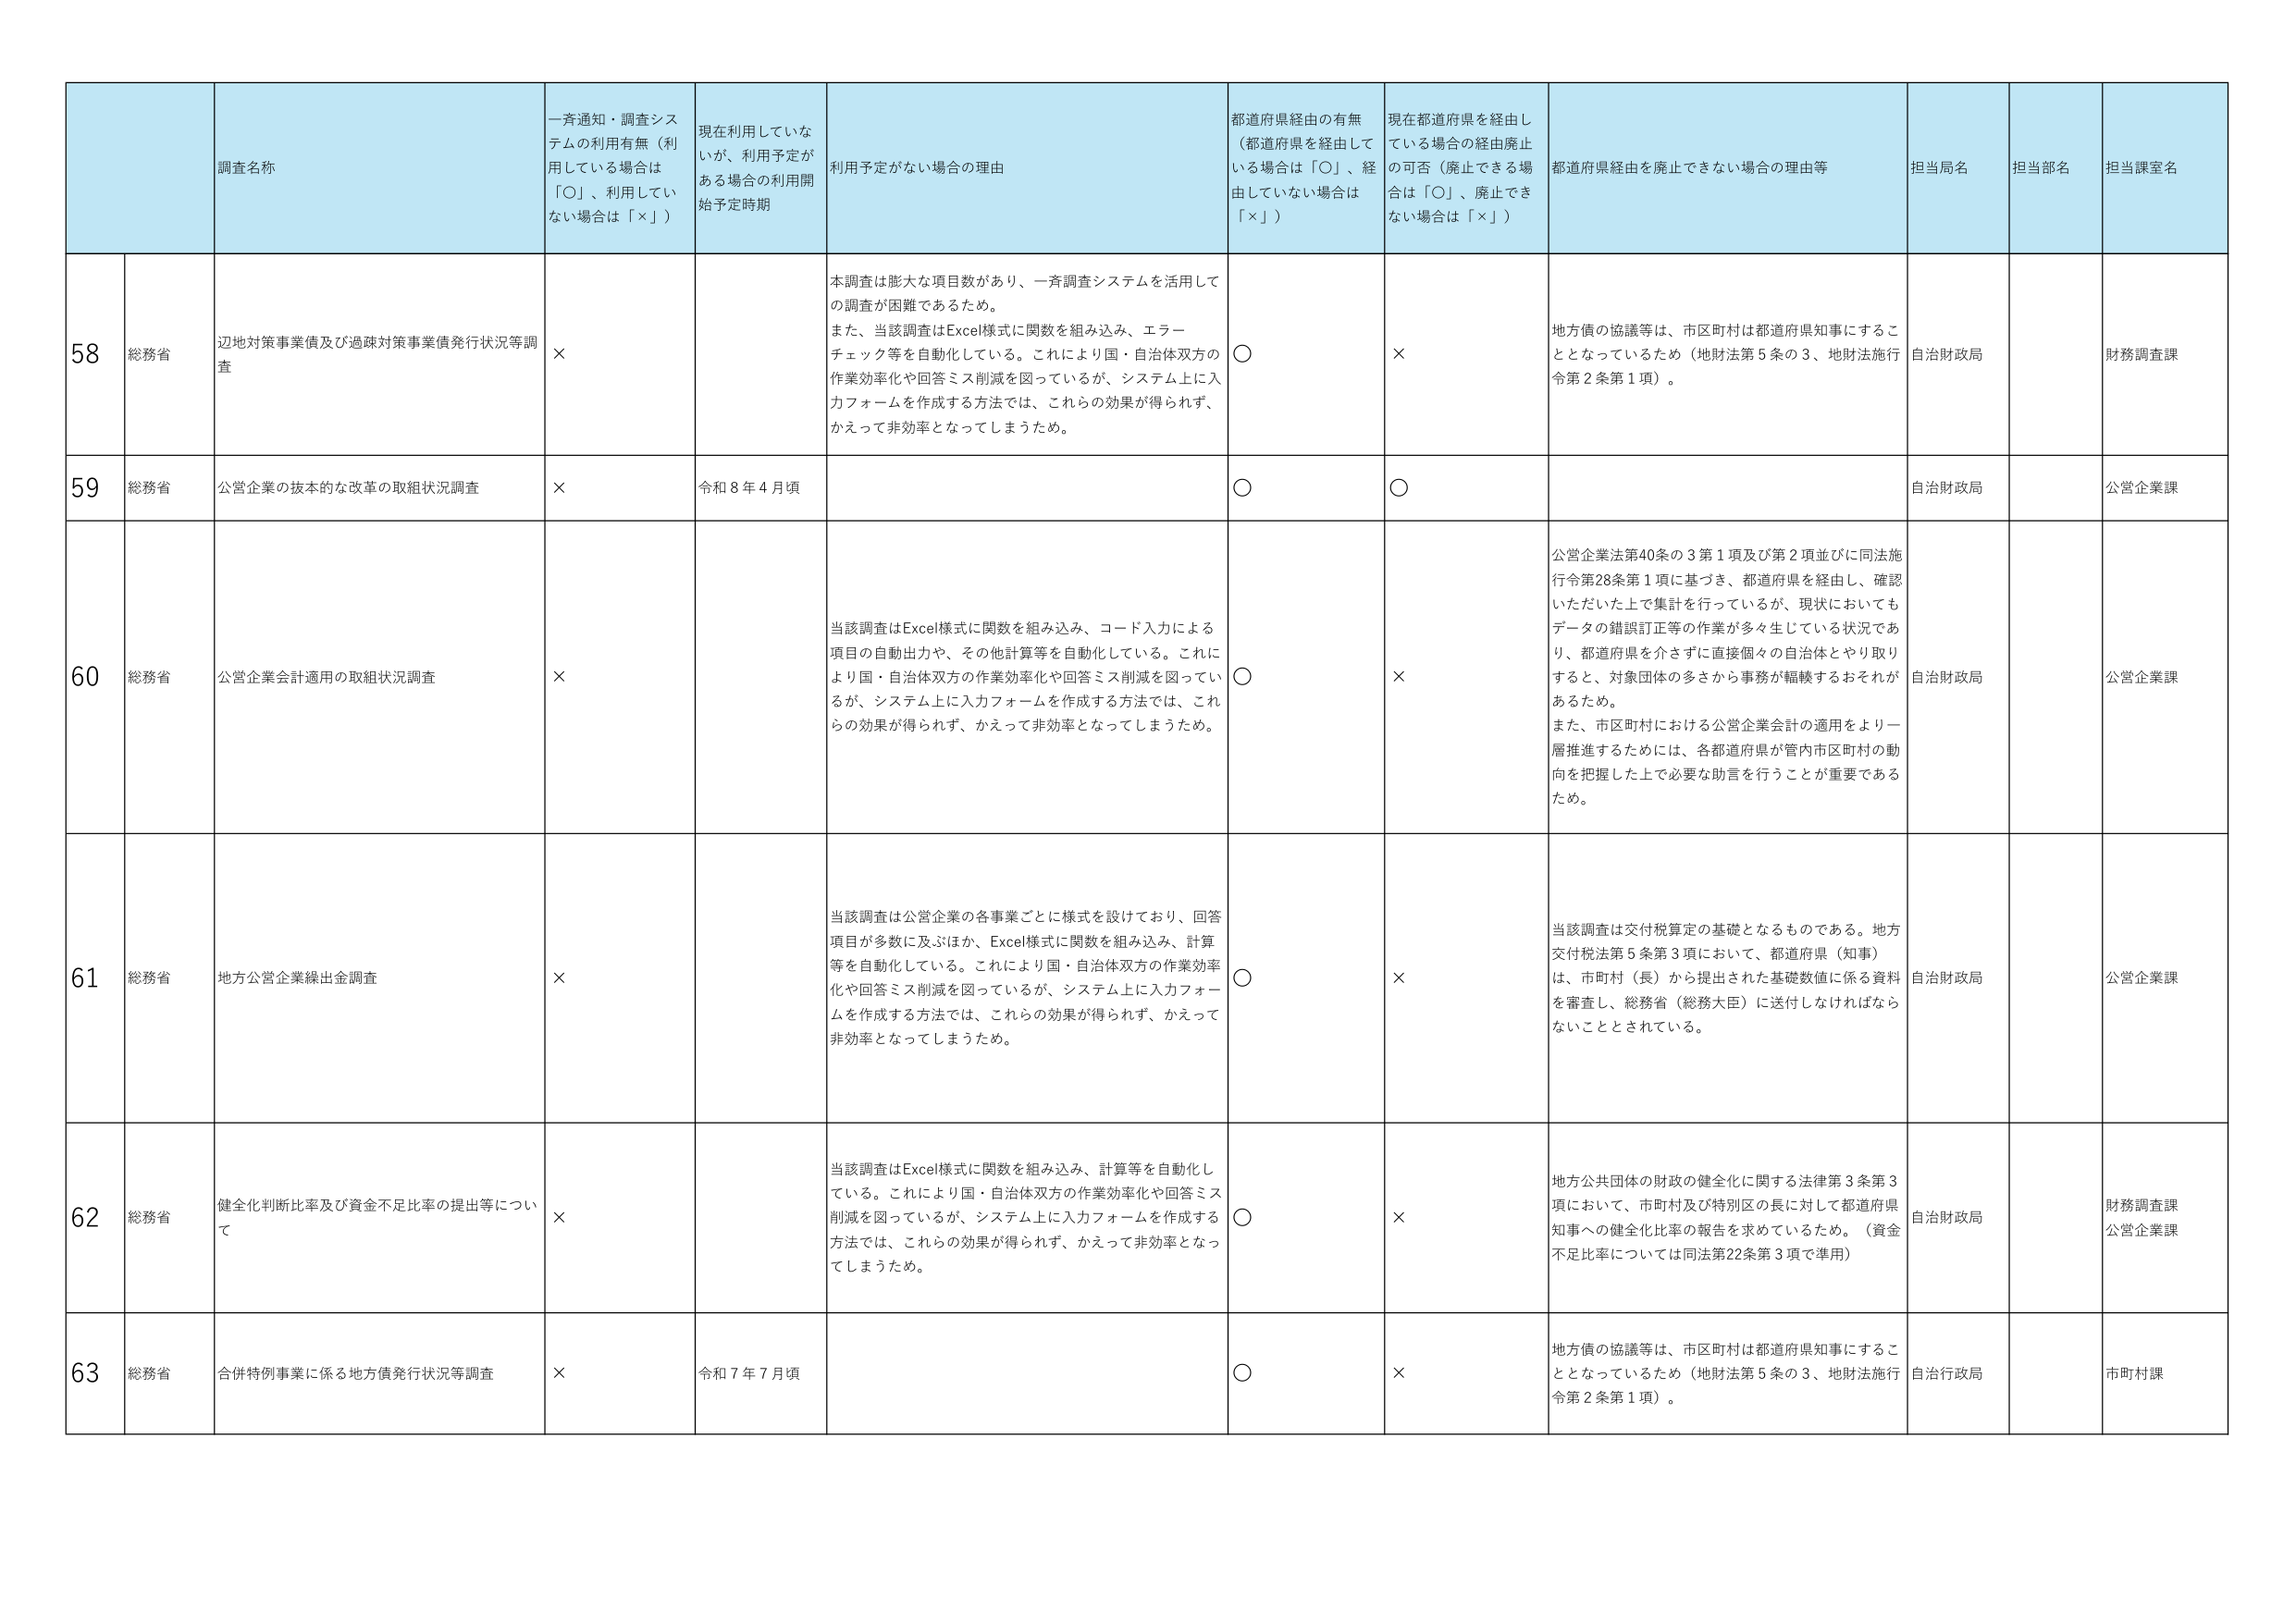
58 総務省 辺地対策事業債及び過疎対策事業債発行状況等調査 × 本調査は膨大な項目数があり、一斉調査システムを活用して の調査が困難であるため。 また、当該調査はExcel様式に関数を組み込み、エラー チェック等を自動化している。これにより国・自治体双方の 作業効率化や回答ミス削減を図っているが、システム上に入 力フォームを作成する方法では、これらの効果が得られず、 かえって非効率となってしまうため。 ○ × 地方債の協議等は、市区町村は都道府県知事にするこ ととなっているため（地財法第5条の3、地財法施行 令第2条第1項）。 自治財政局 財務調査課

59 総務省 公営企業の抜本的な改革の取組状況調査 × 令和8年4月頃 ○ ○ 自治財政局 公営企業課

60 総務省 公営企業会計適用の取組状況調査 × 当該調査はExcel様式に関数を組み込み、コード入力による 項目の自動出力や、その他計算等を自動化している。これに より国・自治体双方の作業効率化や回答ミス削減を図ってい るが、システム上に入力フォームを作成する方法では、これ らの効果が得られず、かえって非効率となってしまうため。 ○ × 公営企業法第40条の3第1項及び第2項並びに同法施 行令第28条第1項に基づき、都道府県を経由し、確認 いただいた上で集計を行っているが、現状においても データの錯誤訂正等の作業が多々生じている状況であ り、都道府県を介さずに直接個々の自治体とやり取り すると、対象団体の多さから事務が輻輳するおそれが あるため。 また、市区町村における公営企業会計の適用をより一 層推進するためには、各都道府県が管内市区町村の動 向を把握した上で必要な助言を行うことが重要である ため。 自治財政局 公営企業課

61 総務省 地方公営企業繰出金調査 × 当該調査は公営企業の各事業ごとに様式を設けており、回答 項目が多数に及ぶほか、Excel様式に関数を組み込み、計算 等を自動化している。これにより国・自治体双方の作業効率 化や回答ミス削減を図っているが、システム上に入力フォー ムを作成する方法では、これらの効果が得られず、かえって 非効率となってしまうため。 ○ × 当該調査は交付税算定の基礎となるものである。地方 交付税法第5条第3項において、都道府県（知事） は、市町村（長）から提出された基礎数値に係る資料 を審査し、総務省（総務大臣）に送付しなければなら ないこととされている。 自治財政局 公営企業課

62 総務省 健全化判断比率及び資金不足比率の提出等につい て × 当該調査はExcel様式に関数を組み込み、計算等を自動化し ている。これにより国・自治体双方の作業効率化や回答ミス 削減を図っているが、システム上に入力フォームを作成する 方法では、これらの効果が得られず、かえって非効率となっ てしまうため。 ○ × 地方公共団体の財政の健全化に関する法律第3条第3 項において、市町村及び特別区の長に対して都道府県 知事への健全化比率の報告を求めているため。（資金 不足比率については同法第22条第3項で準用） 自治財政局 財務調査課 公営企業課

63 総務省 合併特例事業に係る地方債発行状況等調査 × 令和7年7月頃 ○ × 地方債の協議等は、市区町村は都道府県知事にするこ ととなっているため（地財法第5条の3、地財法施行 令第2条第1項）。 自治行政局 市町村課

一斉通知・調査シス テムの利用有無（利 用している場合は 「○」、利用してい ない場合は「×」） 現在利用していな いが、利用予定が ある場合の利用開 始予定時期 利用予定がない場合の理由 都道府県経由の有無 （都道府県を経由して いる場合は「○」、経 由していない場合は 「×」） 現在都道府県を経由し ている場合の経由廃止 の可否（廃止できる場 合は「○」、廃止でき ない場合は「×」） 都道府県経由を廃止できない場合の理由等 担当局名 担当部名 担当課室名 調査名称